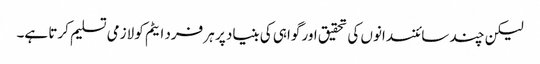
لیکن چند سائنسدانوں کی تحقیق اور گواہی کی بنیاد پر ہر فرد ایٹم کو لازمی تسلیم کرتا ہے۔